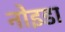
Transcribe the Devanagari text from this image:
नोइडा